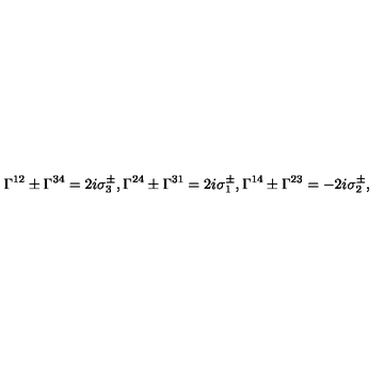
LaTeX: \Gamma ^ { 1 2 } \pm \Gamma ^ { 3 4 } = 2 i \sigma _ { 3 } ^ { \pm } , \Gamma ^ { 2 4 } \pm \Gamma ^ { 3 1 } = 2 i \sigma _ { 1 } ^ { \pm } , \Gamma ^ { 1 4 } \pm \Gamma ^ { 2 3 } = - 2 i \sigma _ { 2 } ^ { \pm } ,